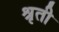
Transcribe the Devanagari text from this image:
श्रृती